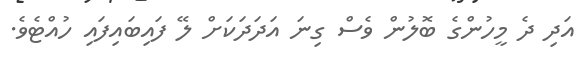
އަދި ދެ މީހުންގެ ބޮލުން ވެސް ގިނަ އަދަދަކަށް ލޭ ފައިބައިފައި ހުއްޓެވެ.